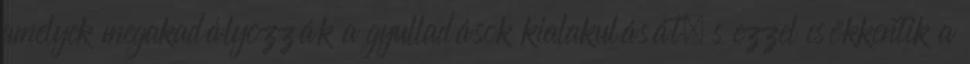
amelyek megakadályozzák a gyulladások kialakulását, s ezzel csökkentik a